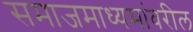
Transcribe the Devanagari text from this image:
समाजमाध्यमांवरील